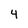
Character: 4